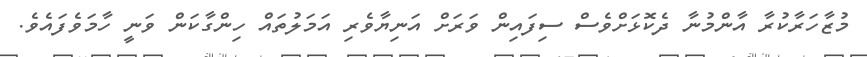
މުޒާހަރާކުރާ އާންމުނާ ދެކޮޅަށްވެސް ސިފައިން ވަރަށް އަނިޔާވެރި އަމަލުތައް ހިންގާކަން ވަނީ ހާމަވެފައެވެ.